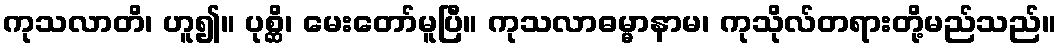
ကုသလာတိ၊ ဟူ၍။ ပုစ္ဆိ၊ မေးတော်မူပြီ။ ကုသလာဓမ္မာနာမ၊ ကုသိုလ်တရားတို့မည်သည်။